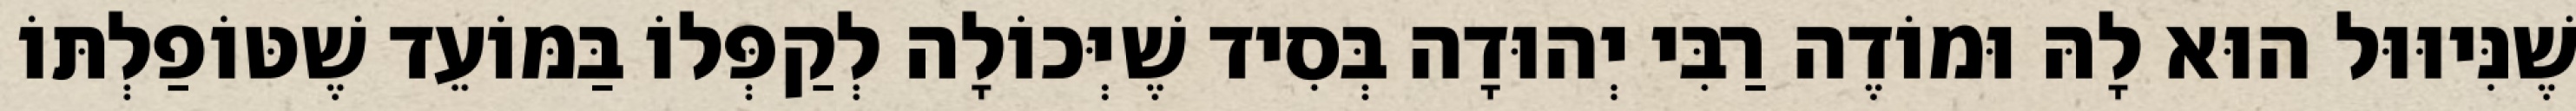
שֶׁנִּיוּוּל הוּא לָהּ וּמוֹדֶה רַבִּי יְהוּדָה בְּסִיד שֶׁיְּכוֹלָה לְקַפְּלוֹ בַּמּוֹעֵד שֶׁטּוֹפַלְתּוֹ